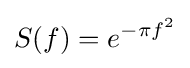
S(f)=e^{-\pi f^{2}}